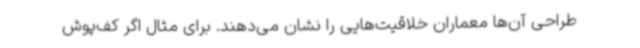
طراحی آن‌ها معماران خلاقیت‌هایی را نشان می‌دهند. برای مثال اگر کف‌پوش